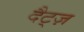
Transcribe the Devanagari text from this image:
दैट्ज़